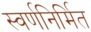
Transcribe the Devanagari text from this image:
स्वर्णनिर्मित